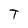
Character: T